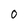
Character: 0